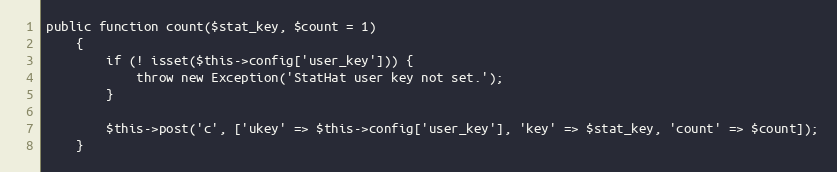
Language: PHP
public function count($stat_key, $count = 1)
    {
        if (! isset($this->config['user_key'])) {
            throw new Exception('StatHat user key not set.');
        }

        $this->post('c', ['ukey' => $this->config['user_key'], 'key' => $stat_key, 'count' => $count]);
    }